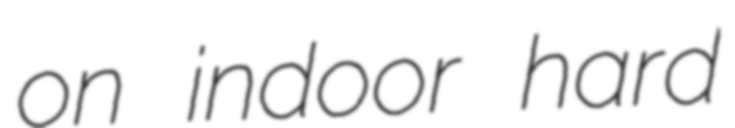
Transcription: on indoor hard